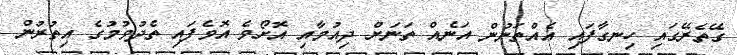
ގޭތެރޭގައި ހިނގާފައި އެއްތަނުން އަނެއް ތަނަށް ދިއުމާއި އޮށޯވެ އޮވެފައި ތެދުވުމުގެ އިތުރުން